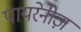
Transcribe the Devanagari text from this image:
पायरेनीज़